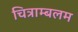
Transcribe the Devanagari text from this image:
चित्राम्बलम